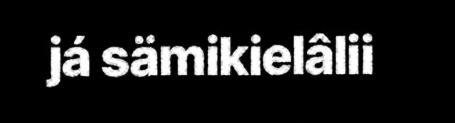
já sämikielâlii